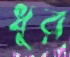
ধুর